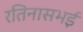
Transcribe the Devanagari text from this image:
रतिनासभई